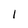
Character: I